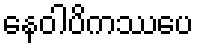
နေဝါပိကဿပေ